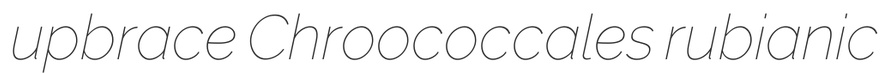
upbrace Chroococcales rubianic